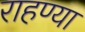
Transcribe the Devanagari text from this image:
राहण्या